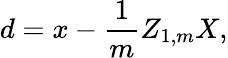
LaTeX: d=x-{\frac{1}{m}}Z_{1,m}X,